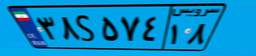
۷۳S۶۱۱۸۶